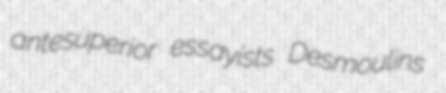
antesuperior essayists Desmoulins